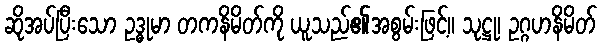
ဆိုအပ်ပြီးသော ဥဒ္ဓုမာ တကနိမိတ်ကို ယူသည်၏အစွမ်းဖြင့်။ သုဋ္ဌု၊ ဥဂ္ဂဟနိမိတ်